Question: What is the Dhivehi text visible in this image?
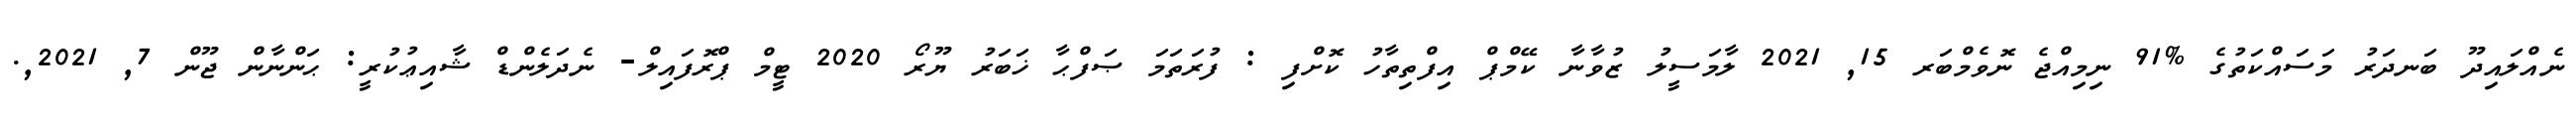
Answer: ނެއްލައިދޫ ބަނދަރު މަސައްކަތުގެ %91 ނިމިއްޖެ ނޮވެމްބަރ 15, 2021 ލާމަސީލު ޒުވާނާ ކޭމްޕް އިފްތިތާހު ކޮށްފި : ފުރަތަމަ ޞަފްޙާ ޚަބަރު ޔޫރޯ 2020 ޓީމް ޕްރޮފައިލް- ނެދަލެންޑް ޝާއިޢުކުރީ: ޙަންނާން ޖޫން 7, 2021,.